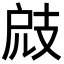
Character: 𢻄